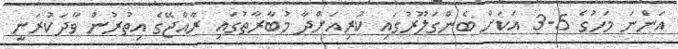
އަންނަ މަހުގެ 5-3 އަކަށް ބެންގަލޫރުގައި ކުރިއަށްދާ މުބާރާތުގައި ރާއްޖޭގެ އިތުރުން ވާދަކުރަނީ